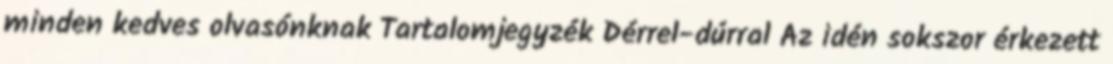
minden kedves olvasónknak Tartalomjegyzék Dérrel-dúrral Az idén sokszor érkezett